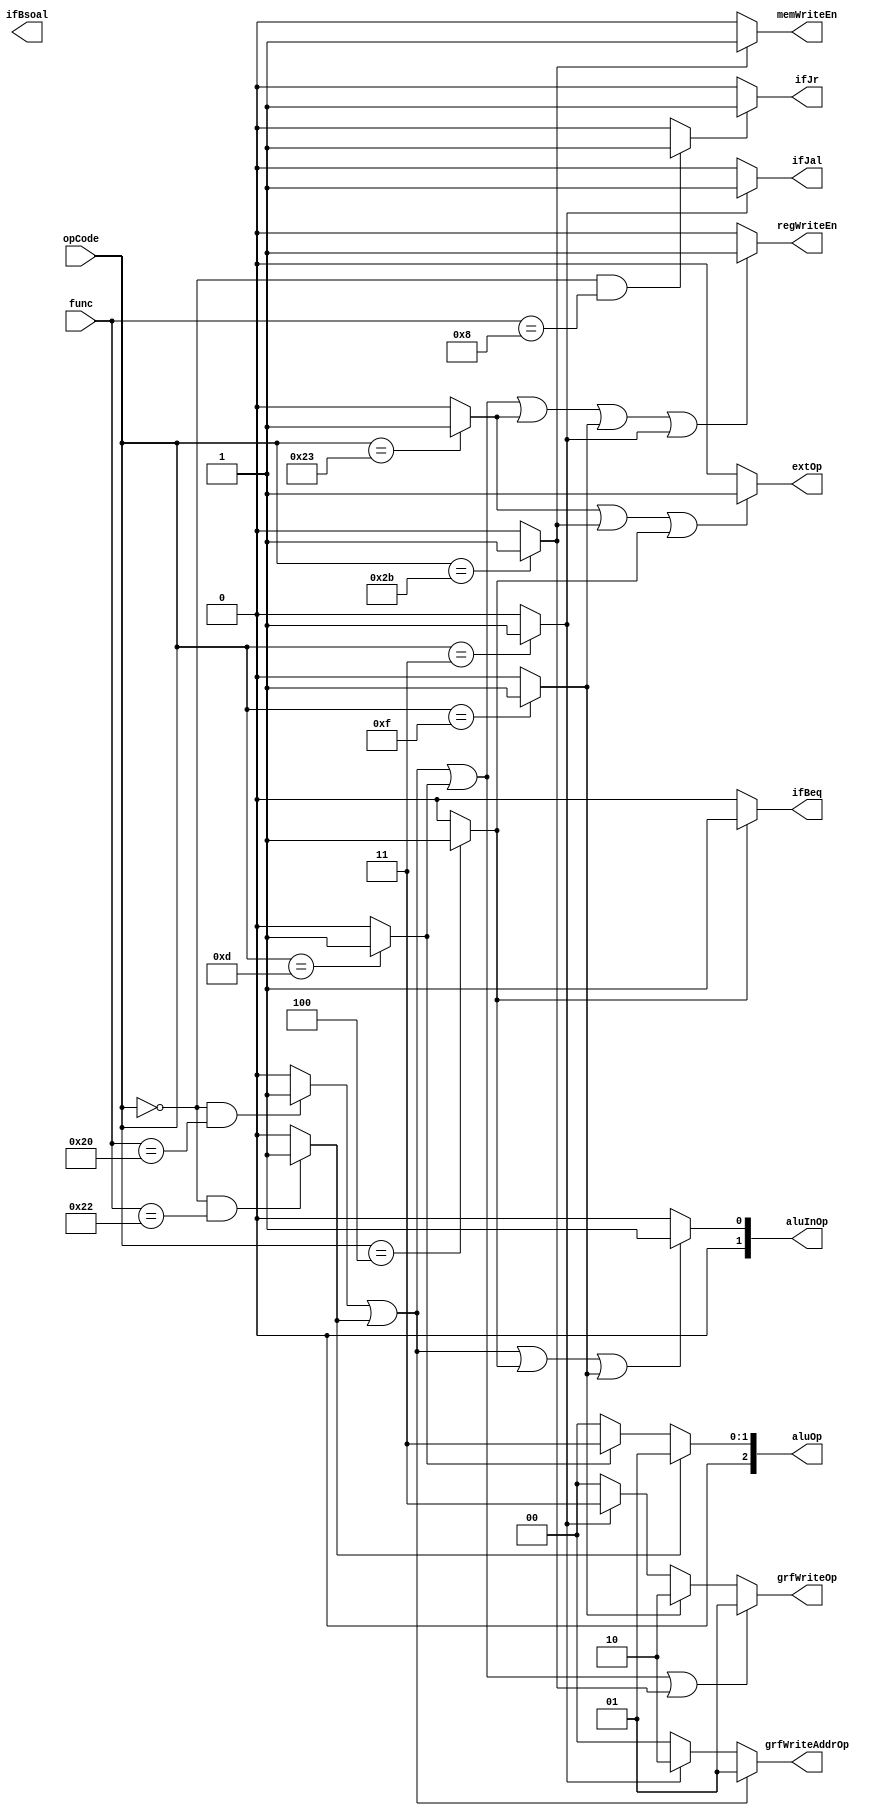
`timescale 1ns / 1ps
//////////////////////////////////////////////////////////////////////////////////
// Company: 
// Engineer: 
// 
// Design Name: 
// Module Name:    CTRL 
// Project Name: 
// Target Devices: 
// Tool versions: 
// Description: 
//
// Dependencies: 
//
// Revision: 
// Revision 0.01 - File Created
// Additional Comments: 
//
//////////////////////////////////////////////////////////////////////////////////
module CTRL(
    input [31:26] opCode,
    input [5:0] func,
    output regWriteEn,
    output [2:0] aluOp,
    output memWriteEn,
    output extOp,
    output [1:0] grfWriteOp,
    output [1:0] aluInOp,
    output [1:0] grfWriteAddrOp,
    output ifBeq,
	 output ifJal,
	 output ifJr,
	 output ifBsoal
    );
	
	wire add;
	wire sub;
	wire ori;
	wire lw;
	wire sw;
	wire beq;
	wire lui;
	wire jal;
	//wire ;
	
	assign add 	= ((opCode==6'b000000)&&(func==6'b100000))?1:0;
	assign sub 	= ((opCode==6'b000000)&&(func==6'b100010))?1:0;
	assign ori 	= (opCode==6'b001101)?1:0;
	assign lw 	= (opCode==6'b100011)?1:0;
	assign sw 	= (opCode==6'b101011)?1:0;
	assign beq 	= (opCode==6'b000100)?1:0;
	assign lui 	= (opCode==6'b001111)?1:0;
	assign jal 	= (opCode==6'b000011)?1:0;
	assign jr 	= ((opCode==6'b000000)&&(func==6'b001000))?1:0;
	//assign  = ()?1:0;
	
	assign regWriteEn = (add||sub||ori||lw||lui||jal)?1'b1:1'b0;
   assign aluOp = (sub)?3'd1://+
								(ori)?3'd3://-
								//()?3'b100:
								3'd0;
   assign memWriteEn = (sw)?1'b1://
								1'b0;
   assign extOp = (lw||sw||beq)?1'b1://
								1'b0;//
   assign grfWriteOp = 	(add||sub||ori||sw)?2'd1://alu
								(lui)?2'd2://lui
								(jal)?2'd3://jalPC
								0;//mem
   assign aluInOp = 	(add||sub||beq||lui)?2'b01://regRead2
							//()?2'b10:
							0;//immExt
   assign grfWriteAddrOp = (add||sub)?2'd1://rd
									(jal)?2'd2://31
									0;//rt
   assign ifBeq = (beq)?1'b1:1'b0;
	assign ifJal = (jal)?1'b1:1'b0;
	assign ifJr = (jr)?1'b1:1'b0;
	

endmodule